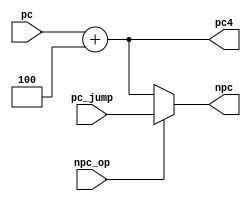
module NPC(
    //input
    input wire         npc_op,       
    input wire  [31:0] pc,
    input wire  [31:0] pc_jump,
    //output
    output wire [31:0] pc4,
    output wire [31:0] npc
);

    assign pc4 = pc + 32'd4; 
    assign npc = npc_op? pc_jump : pc + 32'd4;

endmodule